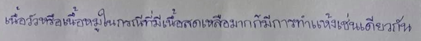
เนื้อวัวหรือเนื้อหมูในกรณีที่มีเนื้อสดเหลือมากก็มีการทำแห้งเช่นเดียวกัน